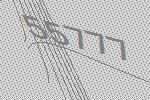
55777